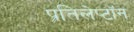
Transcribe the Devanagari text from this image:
प्रतिलेप्टॉन